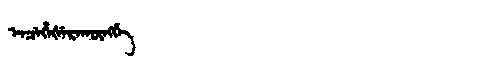
Manchu: ᡝᠨᠴᡝᡥᡝᡧᡝᡵᠠᡴᡡᠩᡤᡝ
Romanization: ENCEHEŠERAKŪNGGE